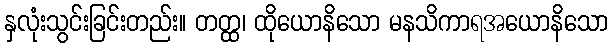
နှလုံးသွင်းခြင်းတည်း။ တတ္ထ၊ ထိုယောနိသော မနသိကာရအယောနိသော